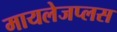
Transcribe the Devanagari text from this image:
मायलेजप्लस